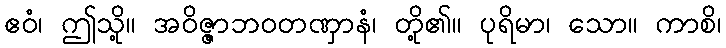
ဧဝံ၊ ဤသို့။ အဝိဇ္ဇာဘဝတဏှာနံ၊ တို့၏။ ပုရိမာ၊ သော။ ကာစိ၊